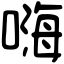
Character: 嗨